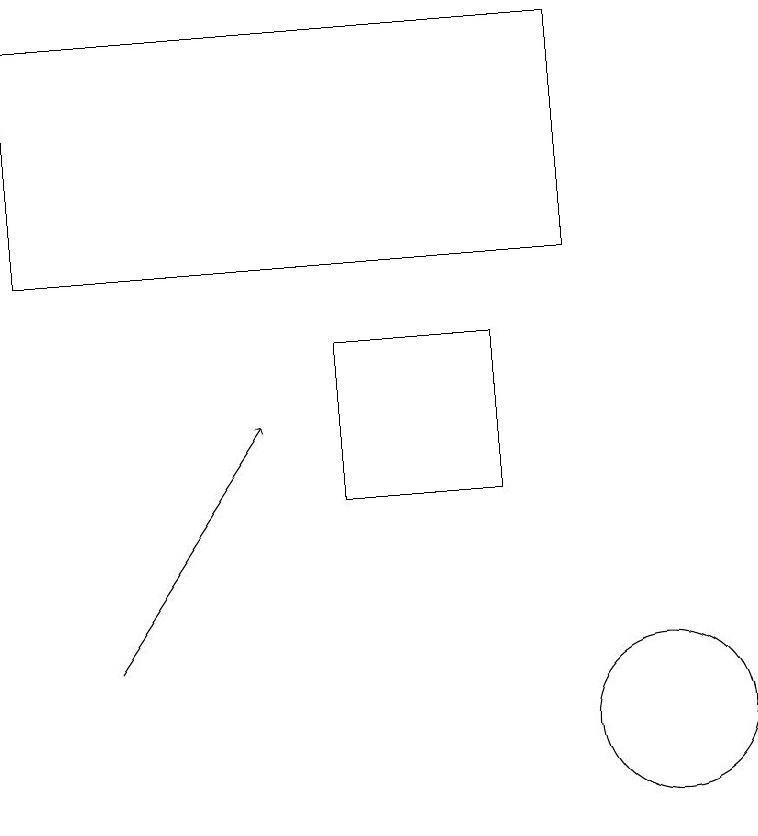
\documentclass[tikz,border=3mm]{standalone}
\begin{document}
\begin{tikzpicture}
\draw (8,13) rectangle (6,15);
\draw (10,10) circle (1);
\draw (2,16) rectangle (9,19);
\draw[->] (3,11) -- (5,14);
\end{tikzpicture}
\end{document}